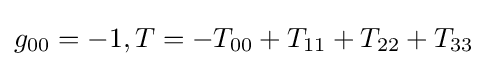
g_{00}=-1,T=-T_{00}+T_{11}+T_{22}+T_{33}